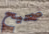
صحيح